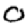
Digit: 0